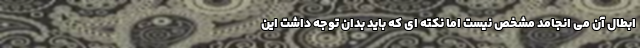
ابطال آن می انجامد مشخص نیست اما نکته ای که باید بدان توجه داشت این